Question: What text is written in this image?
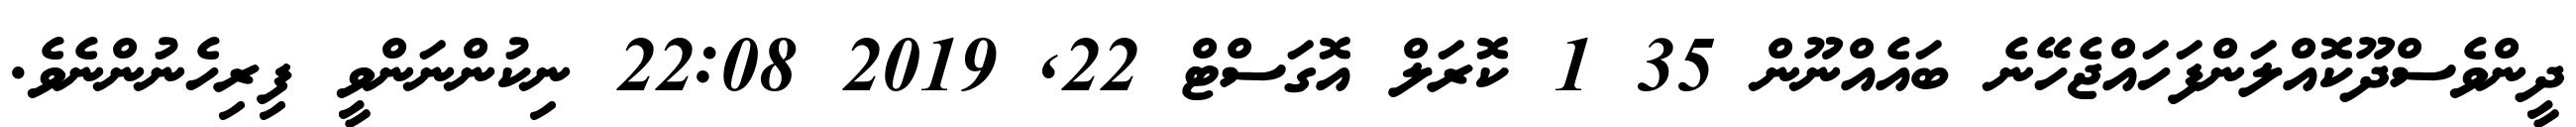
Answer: ދީންވެސްދޫކޮއްލަންފަހައްޖެހޭނެ ބައެއްނޫން 35 1 ކޮރަލް އޮގަސްޓް 22, 2019 22:08 ނިކުންނަންވީ ފިރިހެނުންނެވެ.